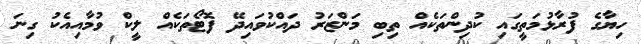
ހިޔާގެ ފުރާޅުމަތީގައި ކުދިންތަކެއް ތިބި މަންޒަރު ދައްކުވައިދޭ ފޮޓޯތަކެއް ލީކް ވުމާއިއެކު ގިނަ